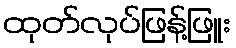
ထုတ်လုပ်ဖြန့်ဖြူး